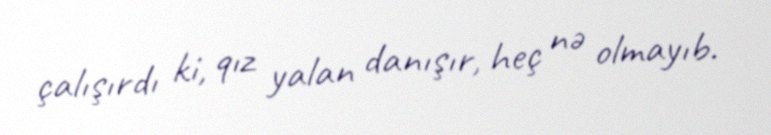
çalışırdı ki, qız yalan danışır, heç nə olmayıb.